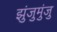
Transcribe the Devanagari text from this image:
झुंजुमुंजु